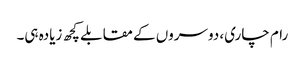
رام چاری، دوسروں کے مقابلے کچھ زیادہ ہی۔